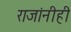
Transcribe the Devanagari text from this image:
राजांनीही